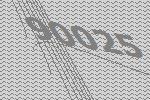
90025